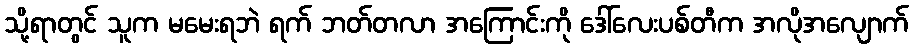
သို့ရာတွင် သူက မမေးရဘဲ ရက် ဘတ်တလာ အကြောင်းကို ဒေါ်လေးပစ်တီက အလိုအလျောက်